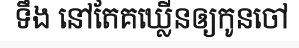
ទឹង នៅតែគឃ្លើនឲ្យកូនចៅ